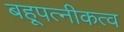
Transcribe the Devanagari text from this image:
बहूपत्नीकत्व